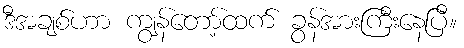
ဒီအချစ်ဟာ ကျွန်တော့်ထက် ခွန်အားကြီးနေပြီ။